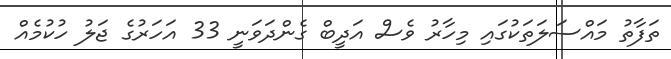
ތަފާތު މައްސަލަތަކުގައި މިހާރު ވެސް އަދީބް ގެންދަވަނީ 33 އަހަރުގެ ޖަލު ހުކުމެއް